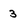
Character: 3